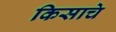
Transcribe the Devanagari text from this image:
किसाचे